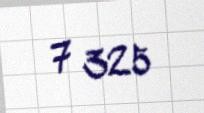
7 325